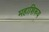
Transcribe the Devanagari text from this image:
महाशिरूय